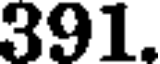
391.